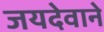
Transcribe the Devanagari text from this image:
जयदेवाने